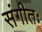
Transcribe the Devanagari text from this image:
संगीतः